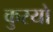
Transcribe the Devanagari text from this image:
कुरयो